kultuurilooline_kollektsioon, lk 66
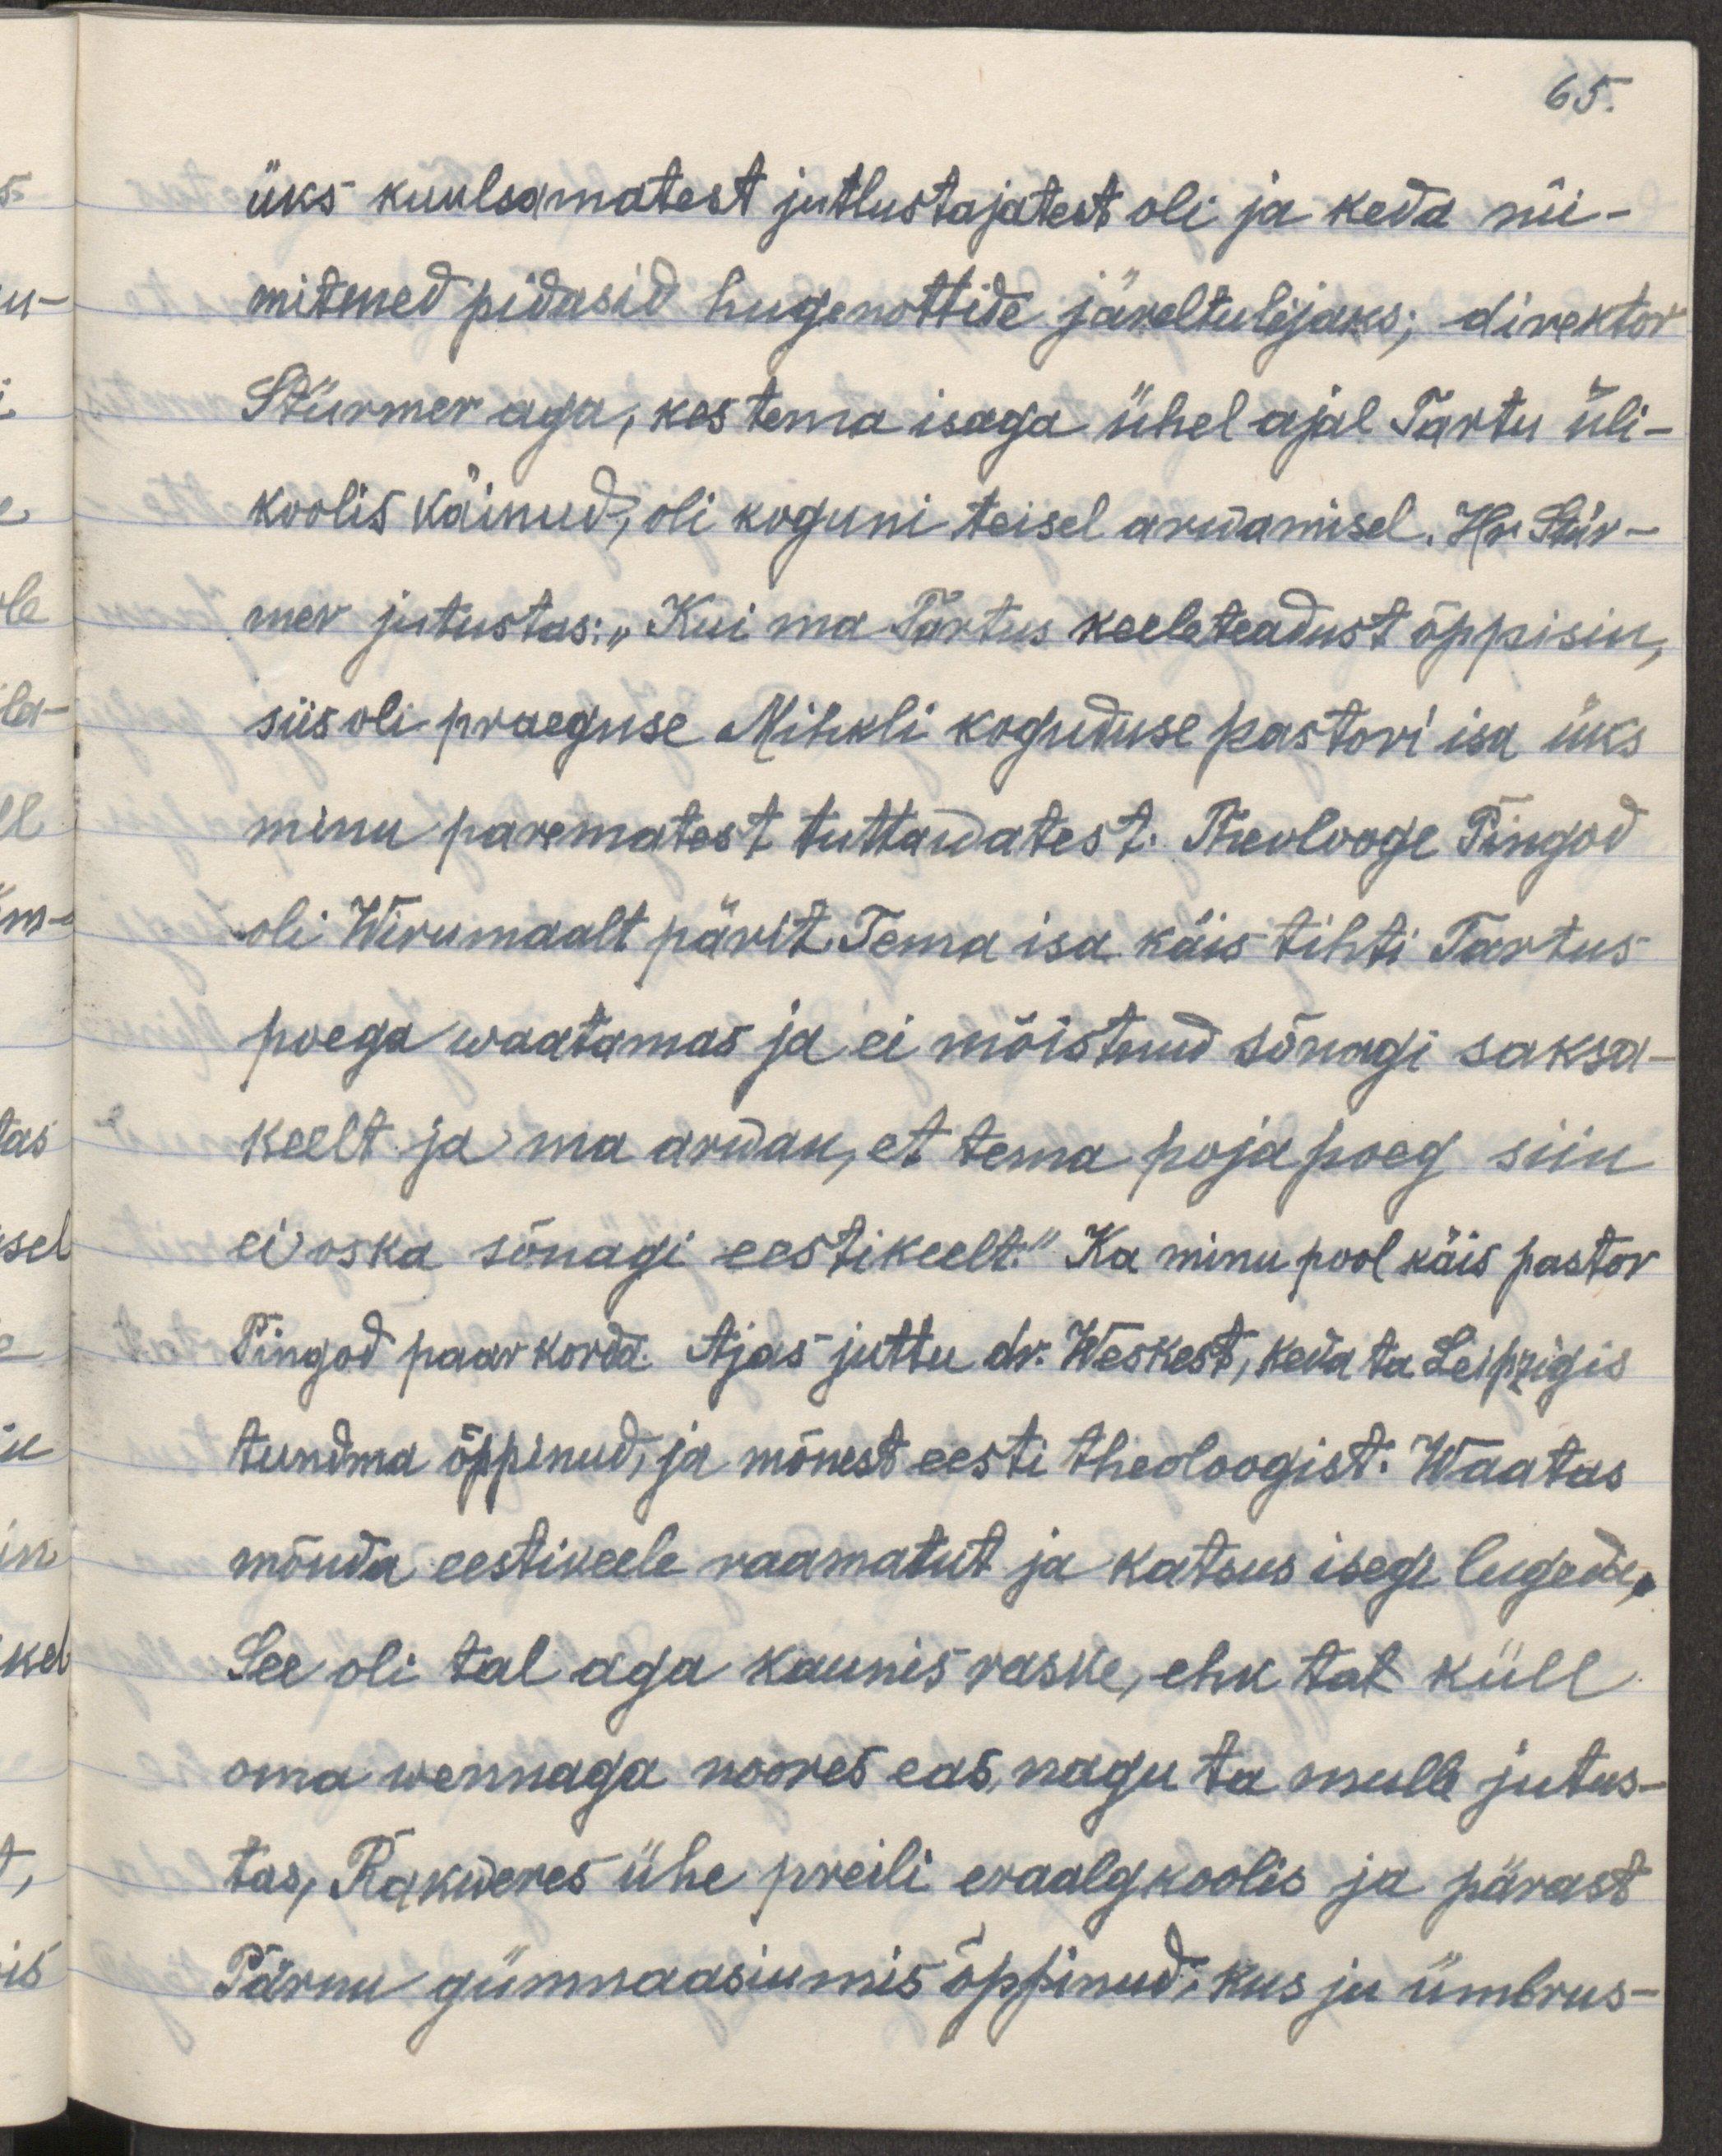
65.
üks kuulsamatest jutlustajatest oli ja keda nii-
mitmed pidasid hugenottide järeltulijaks; direktor
Stürmer aga, kes tema isaga ühel ajal Tartu üli-
koolis käinud oli, koguni teisel arwamisel. Ka Stür-
mer jutustas: "Kui ma Tartus keeleteadust õppisin,
siis oli praeguse Mihkli koguduse pastori isa üks
minu parematest tuttawatest. Theolooge Pingod
oli Wirumaalt pärit. Tema isa käis tihti Tartus
poega waatamas ja ei mõistnud sõnagi saksa
keelt ja ma arvan, et tema poja poeg siin
ei oska sõnagi eesti keelt". Ka minu pool käis pastor
Pingod paar korda. Ajas juttu dr. Weskest, keda ta Leipzigis
tundma õppinud, ja mõnest eesti theoloogist. Waatas
mõnda eestikeele raamatut ja katsus isegi lugeda.
See oli tal aga kaunis raske, ehk tal küll
oma wennaga noores eas, nagu ta mulle jutus-
tas, Rakveres ühe preili eraalgkoolis ja pärast
Pärnu gümnaasiumis õppinud, kus ju ümbrus-